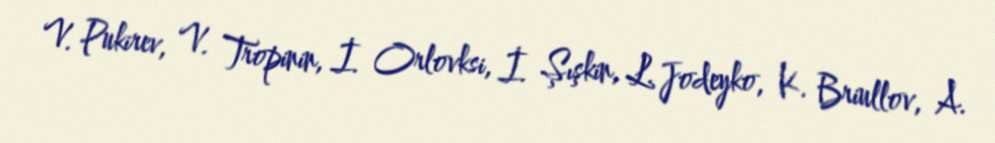
V. Pukirev, V. Tropinin, İ. Orlovksi, İ. Şışkin, L. Jodeyko, K. Briullov, A.